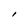
Character: I